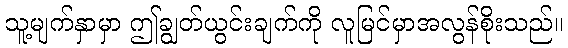
သူ့မျက်နှာမှာ ဤချွတ်ယွင်းချက်ကို လူမြင်မှာအလွန်စိုးသည်။